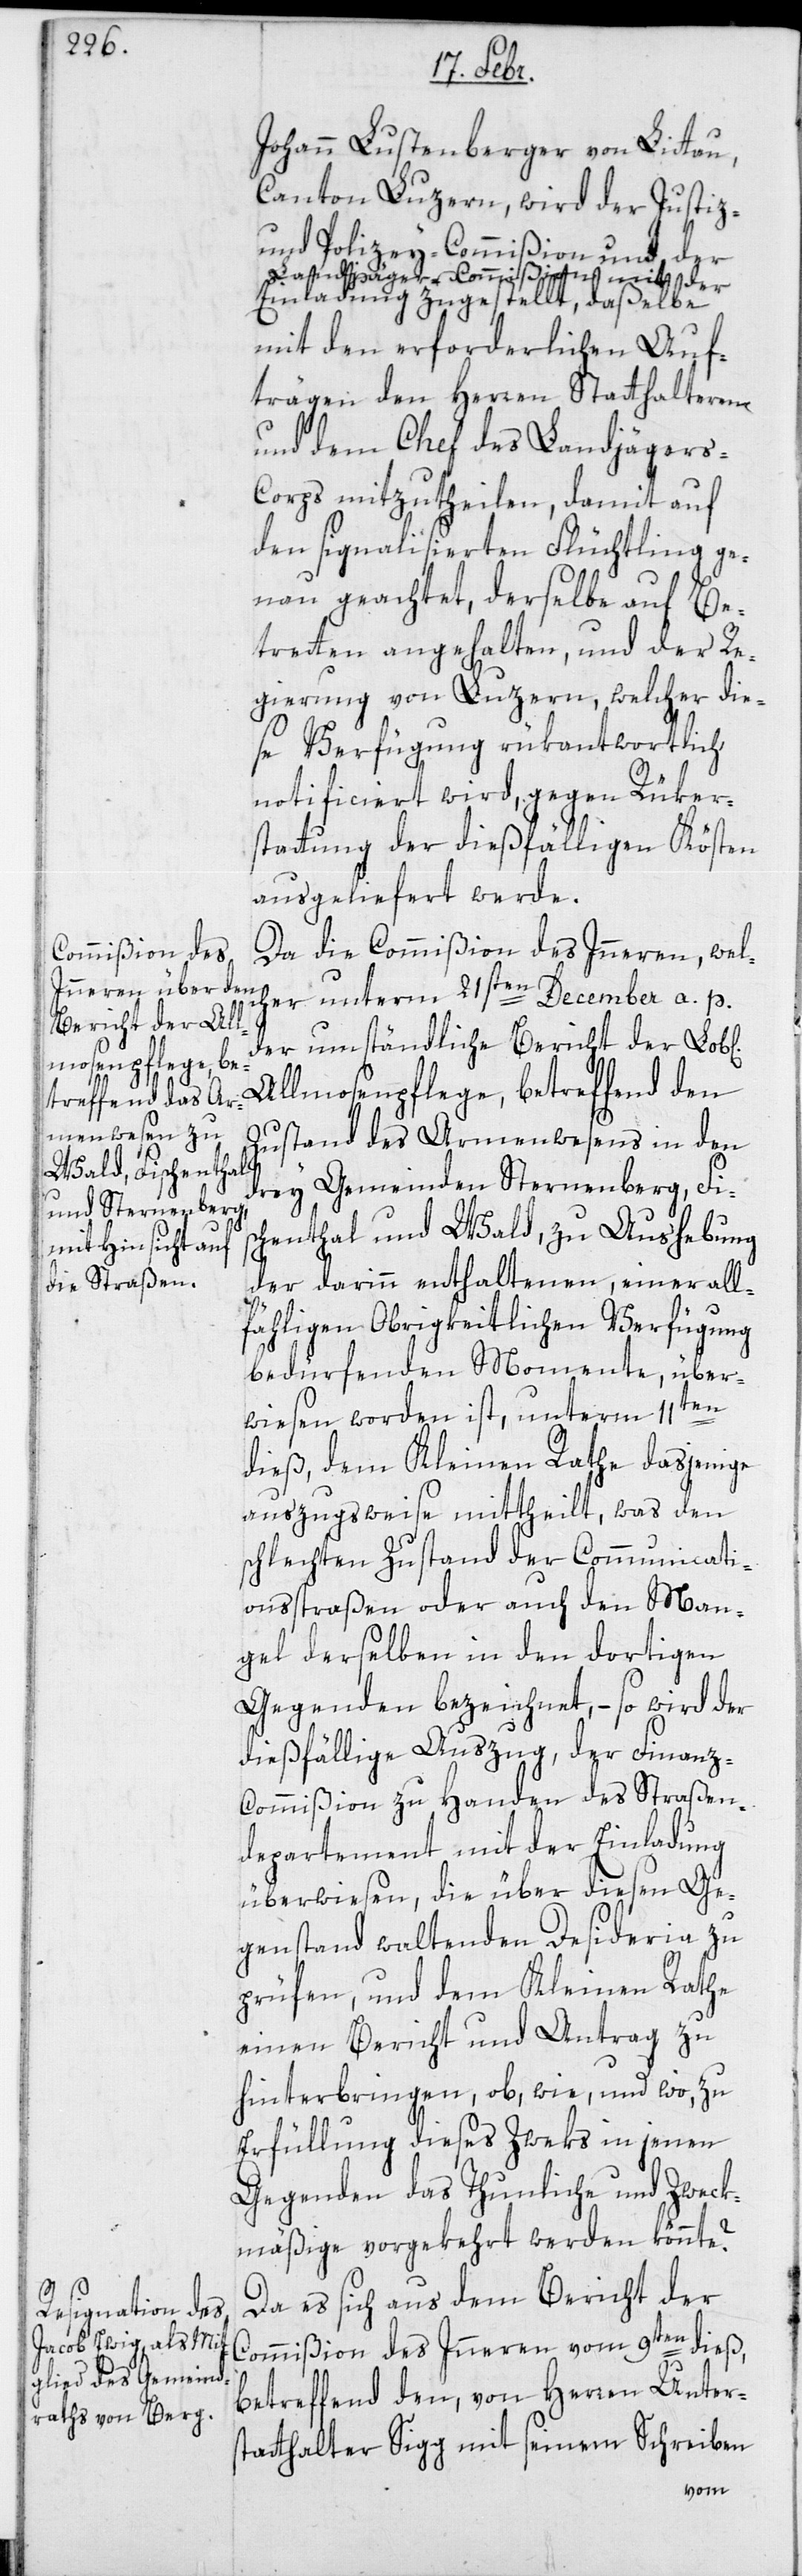
Johann Lustenberger von Littau,
Canton Luzern, wird der Justiz-
und Polizey-Commißion und der
Landjäger-Commißion mit der
Einladung zugestellt, daßelbe
mit den erforderlichen Auf¬
trägen den Herren Statthalteren
und dem Chef des Landjäger-C¬
orps mitzutheilen, damit auf
den signalisierten Flüchtling ge¬
nau geachtet, derselbe auf Be¬
treten angehalten und der Re¬
gierung von Luzern, welcher die¬
se Verfügung rükantwortlich
notificiert wird, gegen Rüker¬
stattung der dießfälligen Kösten
ausgeliefert werde.
Da die Commißion des Innern, welc¬
her unterm 21sten December a.p.
der umständliche Bericht der L.
Allmosenpflege, betreffend den
Zustand des Armenwesens in den
drey Gemeinden Sternenberg, Fis¬
chenthal und Wald, zu Aushebung
der darinn enthaltenen, einer all¬
fälligen Obrigkeitlichen Verfügung
bedürfenden Momente, über¬
en
wiesen worden ist, unterm 11t¬
dieß, dem Kleinen Rathe dasjenige
auszuweisen mittheilt, was den
schlechten Zustand der Communicati¬
onßtraßen oder auf den Man¬
gel derselben in den dortigen
Gegenden bezeichnet, – so wird der
dießfällige Auszug der Finanz-C¬
ommißion zu Handen des Straßen¬
departement mit der Einladung
überwiesen, die über diesen Ge¬
genstand waltenden Desideria zu
prüfen, und dem Kleinen Rathe
einen Bericht und Antrag zu
hinterbringen, ob, wie, und wo, zu
Erfüllung dieses Zwecks in jenen
Gegenden das Thunliche und Zweck¬
mäßige vorgekehrt werden könnte?
Da es sich aus dem Bericht der
Commißion des Innern vom 9ten dieß,
betreffend den, von Herren Unter¬
statthalter Sigg mit seinem Schreiben